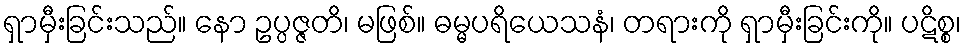
ရှာမှီးခြင်းသည်။ နော ဥပ္ပဇ္ဇတိ၊ မဖြစ်။ ဓမ္မပရိယေသနံ၊ တရားကို ရှာမှီးခြင်းကို။ ပဋိစ္စ၊